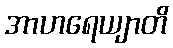
အာဟရေယျာတိ